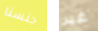
جنسنا غير